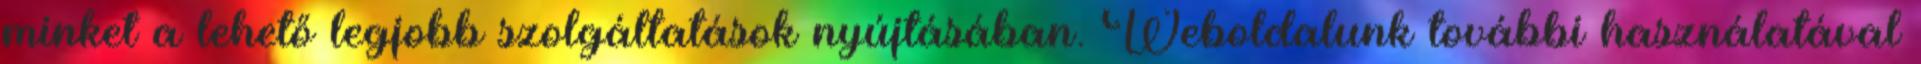
minket a lehető legjobb szolgáltatások nyújtásában. Weboldalunk további használatával